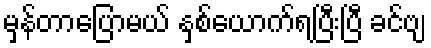
မှန်တာပြောမယ် နှစ်ယောက်ရပြီးပြီ ခင်ဗျ